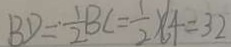
B D = \frac { 1 } { 2 } B C = \frac { 1 } { 2 } \times 4 = 3 2